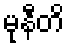
မုနီတိ